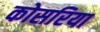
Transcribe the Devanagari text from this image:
कोसरिया